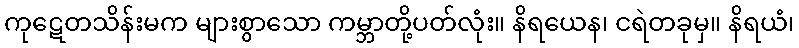
ကုဋေတသိန်းမက များစွာသော ကမ္ဘာတို့ပတ်လုံး။ နိရယေန၊ ငရဲတခုမှ။ နိရယံ၊